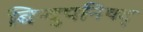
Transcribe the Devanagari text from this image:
बिन्दुपनिषद्